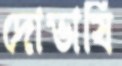
দোভাষি